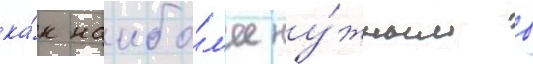
ка́к наибо́л'ее ну́жным в